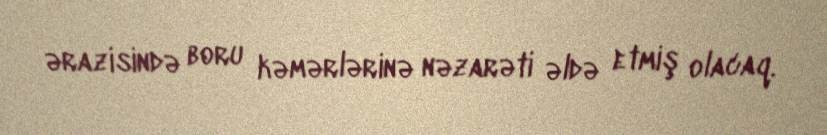
ərazisində boru kəmərlərinə nəzarəti əldə etmiş olacaq.